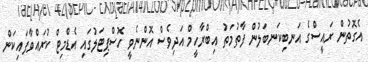
އެގޮތުން ރައީސްގެ އަނބިކަނބަލުން ފާތުމަތު އިބްރާހީމް އަދިވެސް އޮންނެވީ ހޮސްޕިޓަލުގައި އެޑްމިޓް ކުރައްވާފައިކަން